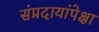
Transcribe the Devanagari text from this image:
संप्रदायांपेक्षा